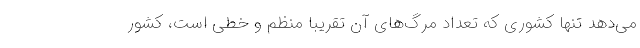
می‌دهد تنها کشوری که تعداد مرگ‌های آن تقریباً منظم و خطی است، کشور